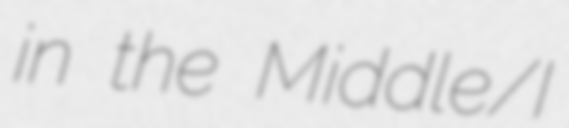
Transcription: in the Middle/I